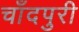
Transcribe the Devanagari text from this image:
चाँदपुरी